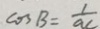
\cos B = \frac { 1 } { a 1 }